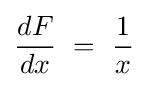
{\frac {dF}{dx}}\ =\ {\frac {1}{x}}